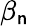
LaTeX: \beta_{\mathsf{n}}